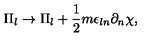
\Pi _ { l } \rightarrow \Pi _ { l } + \frac { 1 } { 2 } m \epsilon _ { l n } \partial _ { n } \chi ,